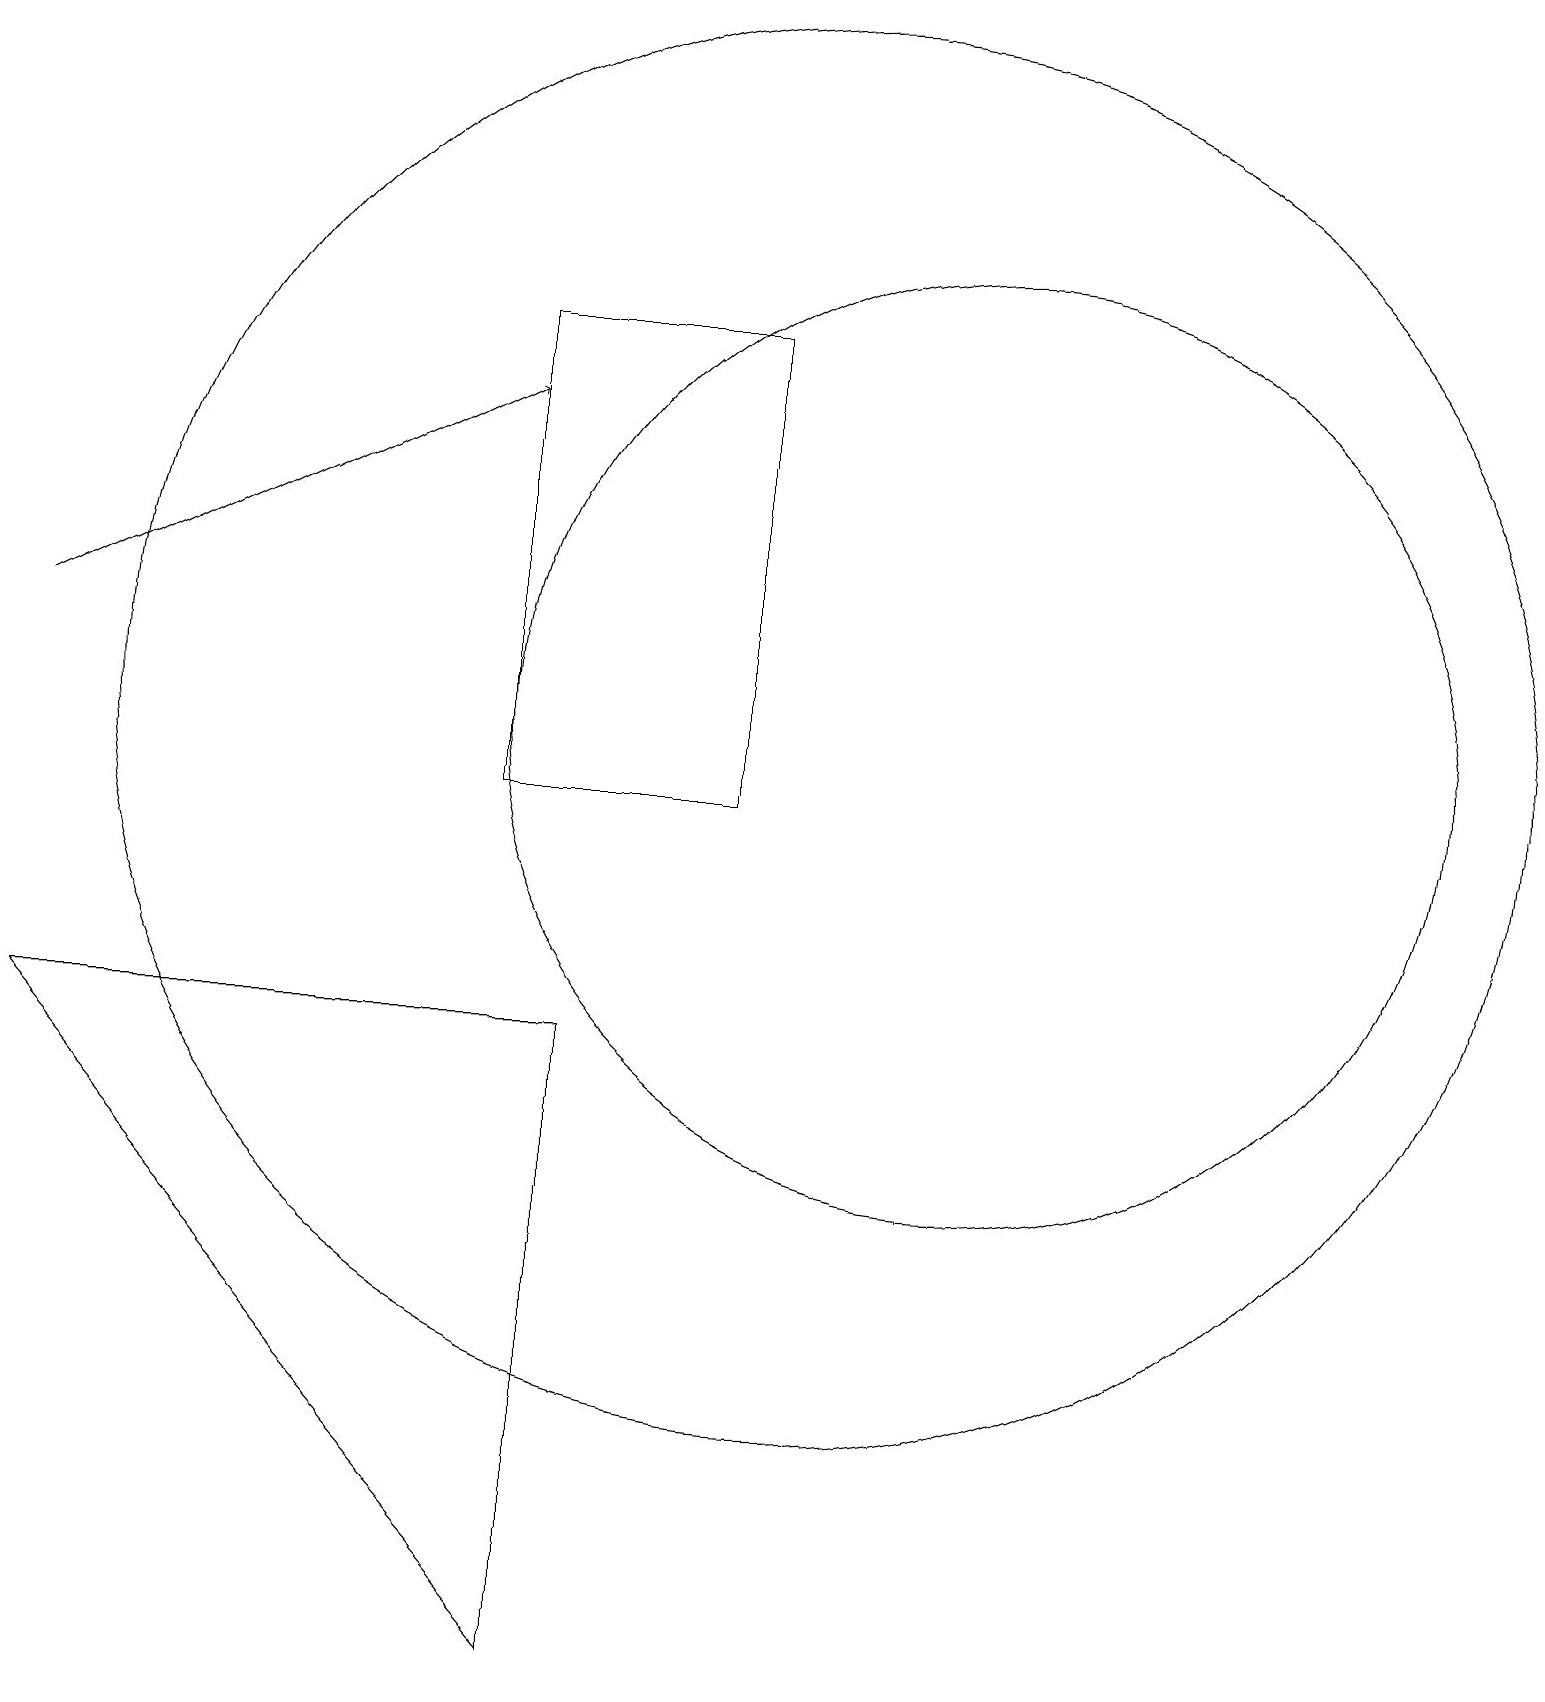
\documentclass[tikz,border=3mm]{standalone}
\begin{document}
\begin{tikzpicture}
\draw (10,12) circle (9);
\draw[->] (0,13) -- (6,16);
\draw (7,8) -- (7,0) -- (0,8) -- cycle;
\draw (6,11) rectangle (9,17);
\draw (12,12) circle (6);
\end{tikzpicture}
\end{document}